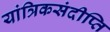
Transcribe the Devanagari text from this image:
यांत्रिकसंदीप्ति